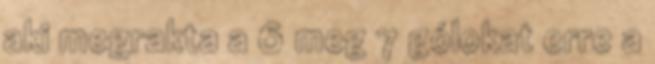
aki megrakta a 6 meg 7 gólokat erre a